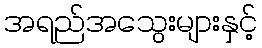
အရည်အသွေးများနှင့်